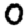
Digit: 0